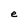
Character: e